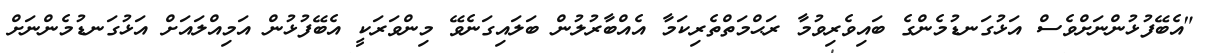
"އެބޭފުޅުންނަށްވެސް އަޅުގަނޑުމެންގެ ބައިވެރިވުމާ ރަޙްމަތްތެރިކަމާ އެއްބާރުލުން ބަލައިގަނެވޭ މިންވަރަކީ އެބޭފުޅުން އަމިއްލައަށް އަޅުގަނޑުމެންނަށް